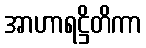
အာဟာရဋ္ဌိတိကာ